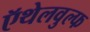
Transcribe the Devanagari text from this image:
ऍथेलवुल्फ